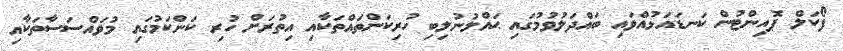
ފޯކަލް ޕޮއިންޓުން ކަނޑައަޅުއްވައި ބައްދަލުވުމުގައި ޙައްލުނުލިބި ހުރިކަންތައްތަކާއި އިތުރަށް ހުރި ކަންކަމުގައި މުވައްސަސާތަކާއި